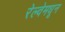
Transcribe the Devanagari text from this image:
रेल्वेमधून